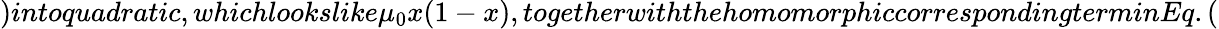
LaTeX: )intoquadratic,whichlookslike\mu_{0}x(1-x),togetherwiththehomomorphiccorrespondingterminEq.(